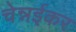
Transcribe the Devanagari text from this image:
चेन्नईकर